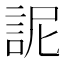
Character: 䛏